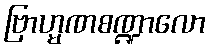
ဗြာဟ္မဏစဏ္ဍာလော